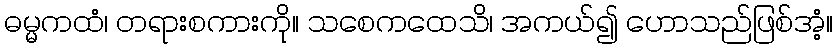
ဓမ္မကထံ၊ တရားစကားကို။ သစေကထေသိ၊ အကယ်၍ ဟောသည်ဖြစ်အံ့။